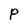
Character: P